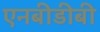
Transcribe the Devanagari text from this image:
एनबीडीबी